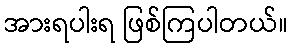
အားရပါးရ ဖြစ်ကြပါတယ်။